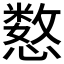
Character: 𫻍